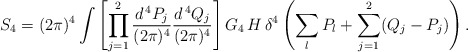
\begin{align*}S_4 = (2 \pi)^4 \int \left[ \prod_{j = 1}^2 \frac{d^{\, 4} P_j}{(2 \pi)^4} \frac{d^{\, 4} Q_j}{(2 \pi)^4} \right] G_4 \, H \, \delta^4 \left( \sum_l P_l + \sum_{j = 1}^2 (Q_j - P_j) \right). \end{align*}